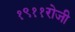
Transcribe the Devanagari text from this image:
१९११रोजी